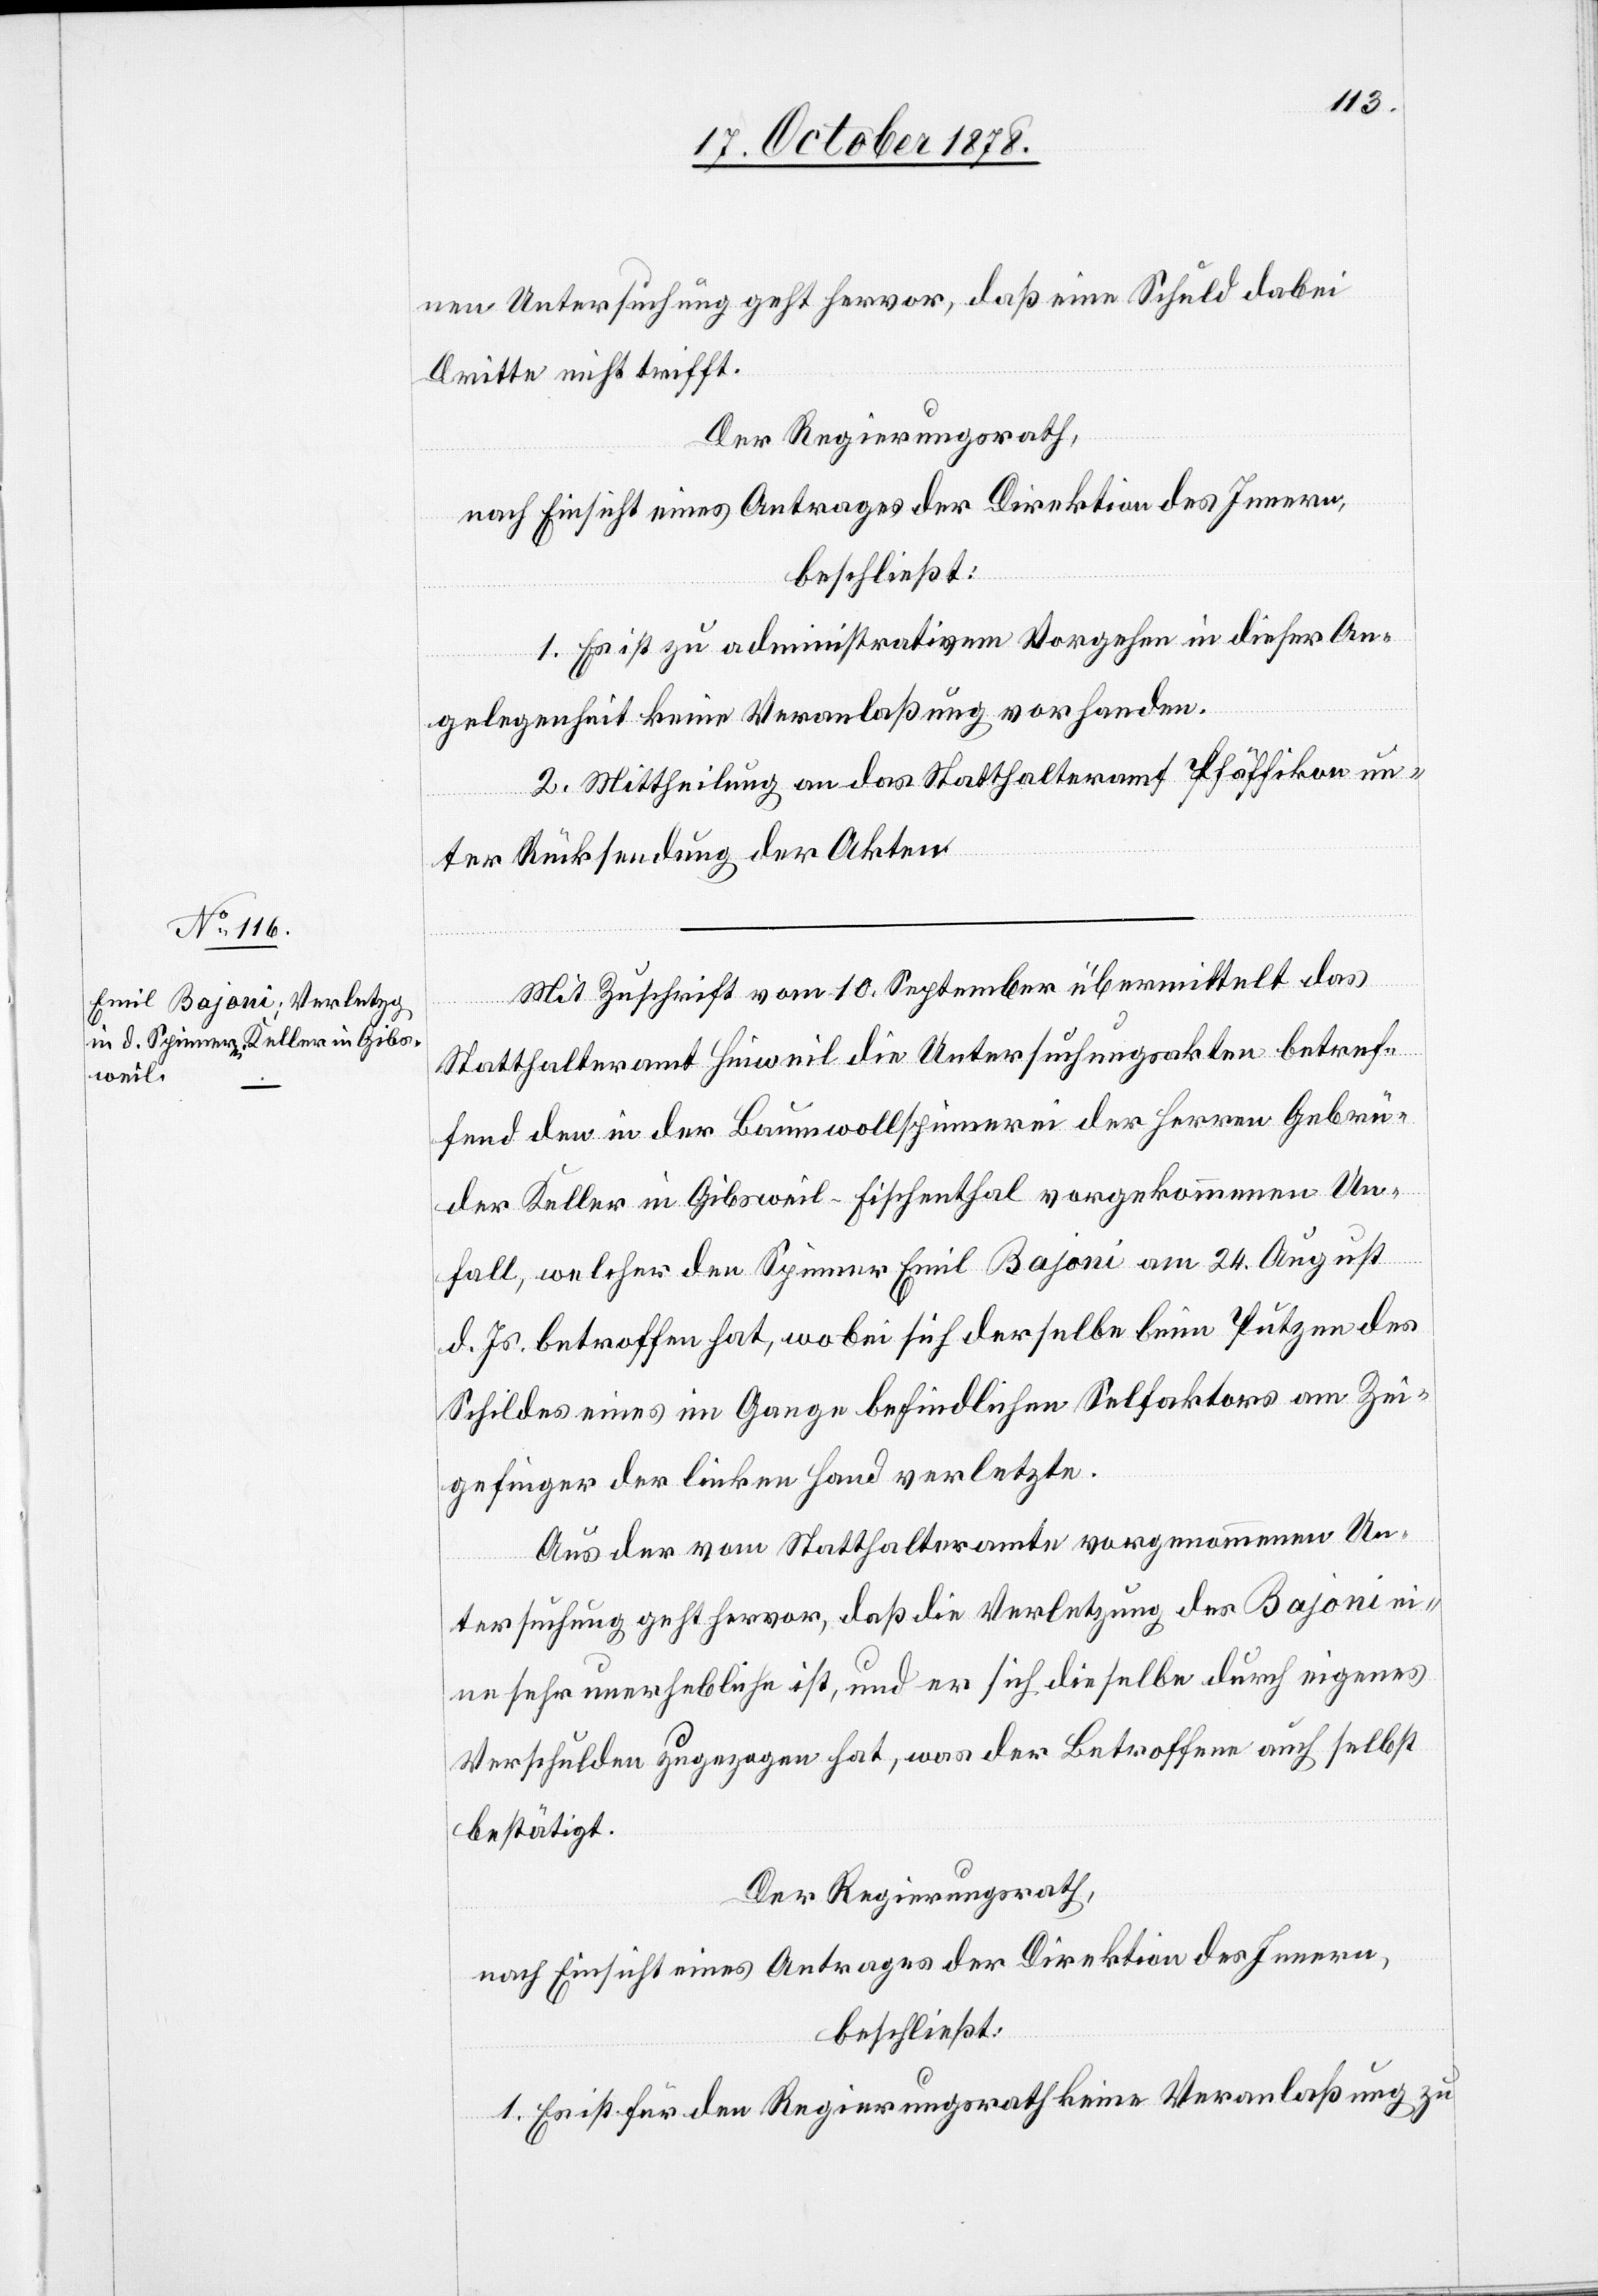
nen Untersuchung geht hervor, daß eine Schuld dabei
Dritte nicht betrifft.
Der Regierungsrath,
nach Einsicht eines Antrages der Direktion des Innern,
beschließt:
1. Es ist zu administrativem Vorgehen in dieser An¬
gelegenheit keine Veranlaßgung vorhanden.
2. Mittheilung an das Statthalteramt Pfäffikon un¬
ter Rücksendung der Akten.
Mit Zuschrift vom 10. September übermittelt das
Statthalteramt Hinweil die Untersuchungsakten betref¬
fend den in der Baumwollspinnerei der Herren Gebrü¬
der Keller in Gibsweil - Fischenthal vorgekommenen Un¬
fall, welcher der Spinner Emil Bajoni am 24. August
d. Js. betroffen hat, wobei sich derselbe beim Putzen des
Schildes eines im Gange befindlichen Selfaktors am Zei¬
gefinger der linken Hand verletzte.
Aus der vom Statthalteramte vorgenommenen Un¬
tersuchung geht hervor, daß die Verletzung des Bajoni ei¬
ne sehr unerhebliche ist, und er sich dieselbe durch eigenes
Verschulden zugezogen hat, was der Betroffene auch selbst
bestätigt.
Der Regierungsrath,
nach Einsicht eines Antrages der Direktion des Innern,
beschließt:
1. Es ist für den Regierungsrath keine Veranlaßung zu